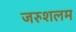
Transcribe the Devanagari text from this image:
जरुशलम